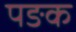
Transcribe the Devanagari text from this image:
पङक